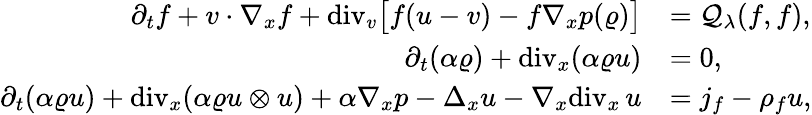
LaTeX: \begin{array}{rl}{\partial_{t}f+v\cdot\nabla_{x}f+\mathrm{div}_{v}\big[f(u-v)-f\nabla_{x}p(\varrho)\big]}&{=\mathcal{Q}_{\lambda}(f,f),}\\ {\partial_{t}(\alpha\varrho)+\mathrm{div}_{x}(\alpha\varrho u)}&{=0,}\\ {\partial_{t}(\alpha\varrho u)+\mathrm{div}_{x}(\alpha\varrho u\otimes u)+\alpha\nabla_{x}p-\Delta_{x}u-\nabla_{x}\mathrm{div}_{x}\, u}&{=j_{f}-\rho_{f}u,}\end{array}